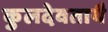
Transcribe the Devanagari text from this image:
कुलदेवतायै